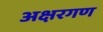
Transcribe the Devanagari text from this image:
अक्षरगण